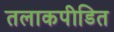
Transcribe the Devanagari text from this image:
तलाकपीडित